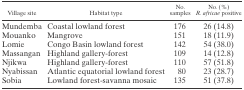
<table><thead><tr><td><b>Village site</b></td><td><b>Habitat type</b></td><td><b>No. samples</b></td><td><b>No. (%) <i>R. africae</i> positive</b></td></tr></thead><tbody><tr><td>Mundemba</td><td>Coastal lowland forest</td><td>176</td><td>26 (14.8)</td></tr><tr><td>Mouanko</td><td>Mangrove</td><td>151</td><td>18 (11.9)</td></tr><tr><td>Lomie</td><td>Congo Basin lowland forest</td><td>142</td><td>54 (38.0)</td></tr><tr><td>Massangan</td><td>Highland gallery-forest</td><td>109</td><td>14 (12.8)</td></tr><tr><td>Njikwa</td><td>Highland gallery-forest</td><td>110</td><td>57 (51.8)</td></tr><tr><td>Nyabissan</td><td>Atlantic equatorial lowland forest</td><td>80</td><td>23 (28.7)</td></tr><tr><td>Sobia</td><td>Lowland forest-savanna mosaic</td><td>135</td><td>51 (37.8)</td></tr></tbody></table>